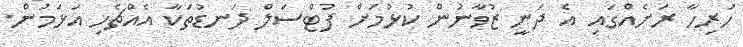
ހުރިހާ ރަށެއްގައި އެ ދަނީ ޒުވާނުން ކުޅުމަށް ފުޓްސަލް ދަނޑުތަކާ އެއްޗެހި އަޅަމުން.